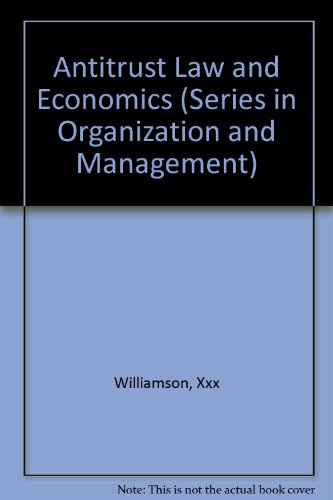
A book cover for Antitrust Law and Economics (Series in Organization and Management); Xxx Williamson; Law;